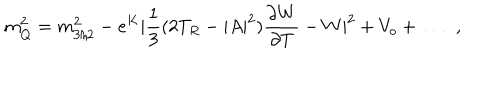
m _ { Q } ^ { 2 } = m _ { 3 / 2 } ^ { 2 } - e ^ { K } | \frac { 1 } { 3 } ( 2 T _ { R } - | A | ^ { 2 } ) \frac { \partial W } { \partial T } - W | ^ { 2 } + V _ { o } + \dots \; \; ,